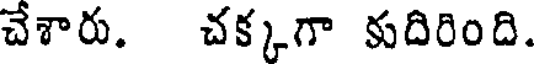
చేశారు. చక్కగా కుదిరింది.